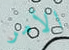
الأمر